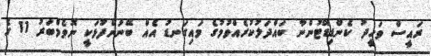
ރައީސް ވަހީދު ކެންޑިޑޭޓުންނާ ބައްދަލުކުރެއްވުމުގެ މައިގަނޑު އެއް ބޭނުންފުޅަކީ ނޮވެމްބަރު 11 ގެ